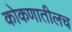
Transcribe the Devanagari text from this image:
कोकणातीलच